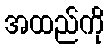
အထည်ကို